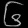
Digit: ၆